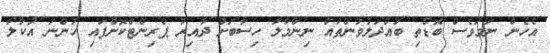
އެހެން ނަމަވެސް ބޮޑެތި ބައްދަލުވުންތައް ނިންމާލާ ހިސާބަށް ދާއިރު ޕްރިންޓްކޮށްފައި ހުންނަ އުކާލާ